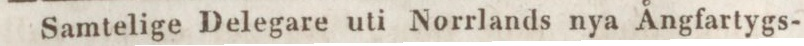
Samtelige Delegare uti Norrlands nya Ångfartygs-